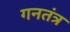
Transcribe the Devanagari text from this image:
गनतंत्र